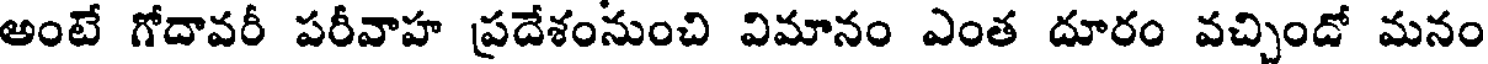
అంటే గోదావరీ పరీవాహ ప్రదేశంనుంచి విమానం ఎంత దూరం వచ్చిందో మనం